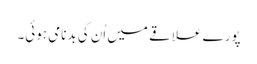
پورے علاقے میں اُن کی بدنامی ہوئی۔